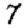
Digit: 7